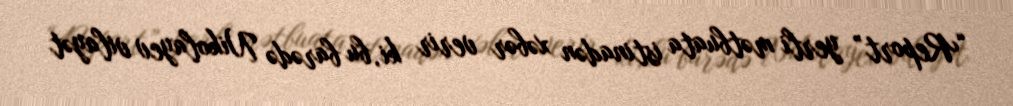
“Report” yerli mətbuata istinadən xəbər verir ki, bu barədə Nikolayev vilayət